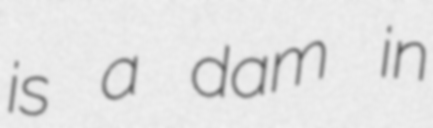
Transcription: is a dam in